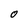
Character: 0